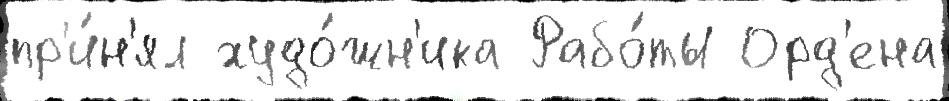
пр'и́н'ял худо́жн'ика Рабо́ты Орд'ена